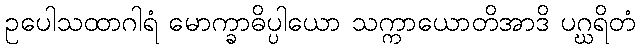
ဥပေါသထာဂါရံ မောက္ခာဓိပ္ပါယော သက္ကာယောတိအာဒိ ပဂ္ဃရိတံ